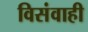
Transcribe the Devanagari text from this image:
विसंवाही